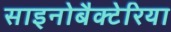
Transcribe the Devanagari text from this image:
साइनोबैक्टेरिया